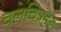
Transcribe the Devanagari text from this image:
चलचित्रहरूः